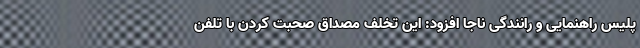
پلیس راهنمایی و رانندگی ناجا افزود: این تخلف مصداق صحبت کردن با تلفن